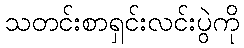
သတင်းစာရှင်းလင်းပွဲကို